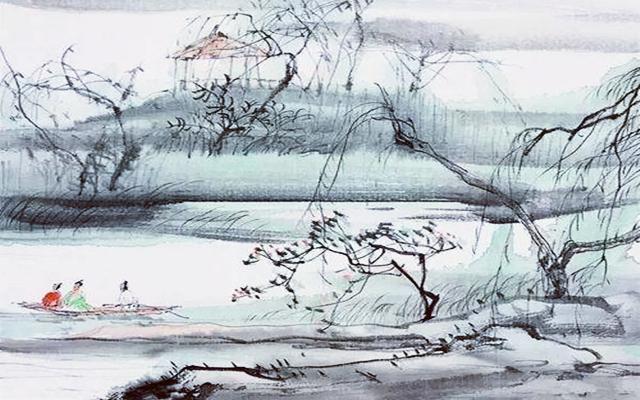
池台竹树三亩馀，至今人道江家宅。